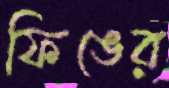
ফিঙের